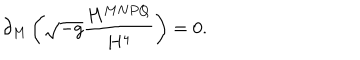
LaTeX: \partial _ { M } \left( \sqrt { - g } \frac { H ^ { M N P Q } } { H ^ { 4 } } \right) = 0 .